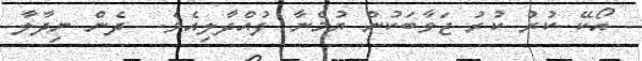
އޯކޭ ކުރު ކުރު ޖަވާބަކުން ޔުމްނާ ފުއްދާލިއެވެ.  ދެން ނިދާލާ